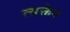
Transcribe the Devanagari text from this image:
त्यक्तेन